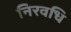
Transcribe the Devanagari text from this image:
निरवधि